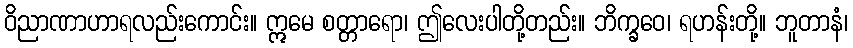
ဝိညာဏာဟာရလည်းကောင်း။ ဣမေ စတ္တာရော၊ ဤလေးပါတို့တည်း။ ဘိက္ခဝေ၊ ရဟန်းတို့။ ဘူတာနံ၊